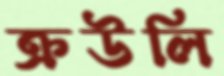
ক্রউলি